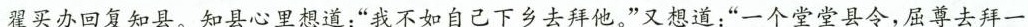
”翟买办回复知县。知县心里想道：”我不如自己下乡去拜他。”又想道：”一个堂堂县令，屈尊去拜一